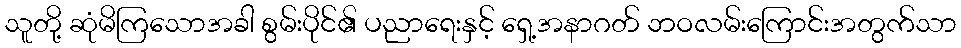
သူတို့ ဆုံမိကြသောအခါ စွမ်းပိုင်၏ ပညာရေးနှင့် ရှေ့အနာဂတ် ဘဝလမ်းကြောင်းအတွက်သာ